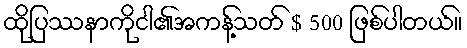
ထိုပြဿနာကိုငါ၏အကန့်သတ် $ 500 ဖြစ်ပါတယ်။